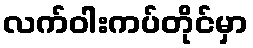
လက်ဝါးကပ်တိုင်မှာ